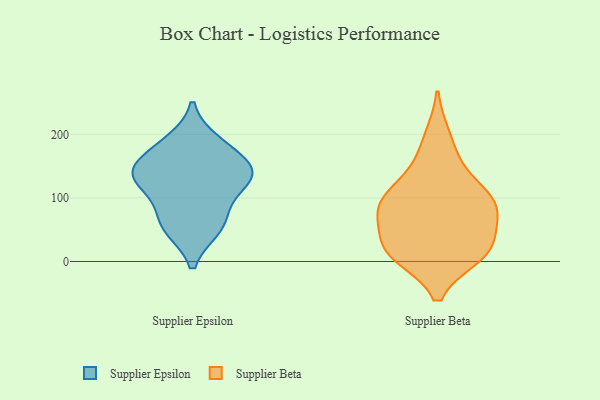
{"axis": {"x": "Market Share (%)", "y": "Value"}, "legend": ["Supplier Beta", "Supplier Epsilon"], "data": [{"x": "", "y": 118, "type": "Supplier Epsilon"}, {"x": "", "y": 144, "type": "Supplier Epsilon"}, {"x": "", "y": 135, "type": "Supplier Epsilon"}, {"x": "", "y": 188, "type": "Supplier Epsilon"}, {"x": "", "y": 52, "type": "Supplier Epsilon"}, {"x": "", "y": 140, "type": "Supplier Epsilon"}, {"x": "", "y": 80, "type": "Supplier Epsilon"}, {"x": "", "y": 176, "type": "Supplier Epsilon"}, {"x": "", "y": 54, "type": "Supplier Epsilon"}, {"x": "", "y": 137, "type": "Supplier Epsilon"}, {"x": "", "y": 155, "type": "Supplier Beta"}, {"x": "", "y": 86, "type": "Supplier Beta"}, {"x": "", "y": 17, "type": "Supplier Beta"}, {"x": "", "y": 196, "type": "Supplier Beta"}, {"x": "", "y": 89, "type": "Supplier Beta"}, {"x": "", "y": 19, "type": "Supplier Beta"}, {"x": "", "y": 16, "type": "Supplier Beta"}, {"x": "", "y": 56, "type": "Supplier Beta"}, {"x": "", "y": 10, "type": "Supplier Beta"}, {"x": "", "y": 16, "type": "Supplier Beta"}, {"x": "", "y": 82, "type": "Supplier Beta"}, {"x": "", "y": 83, "type": "Supplier Beta"}, {"x": "", "y": 101, "type": "Supplier Beta"}, {"x": "", "y": 120, "type": "Supplier Beta"}]}